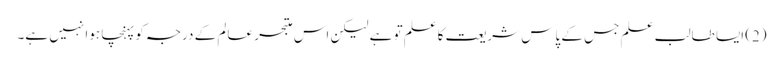
(2) ایسا طالب علم جس کے پاس شریعت کاعلم تو ہے لیکن اس متبحر عالم کے درجہ کو پہنچا ہوا نہیں ہے۔